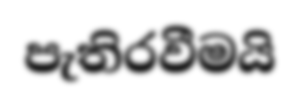
පැතිරවීමයි